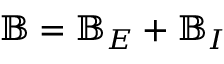
\mathbb { B } = \mathbb { B } _ { E } + \mathbb { B } _ { I }